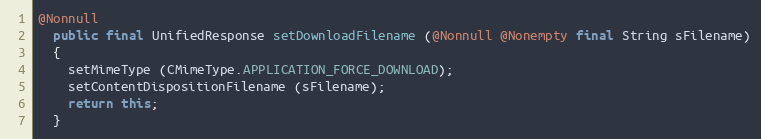
Language: Java
@Nonnull
  public final UnifiedResponse setDownloadFilename (@Nonnull @Nonempty final String sFilename)
  {
    setMimeType (CMimeType.APPLICATION_FORCE_DOWNLOAD);
    setContentDispositionFilename (sFilename);
    return this;
  }